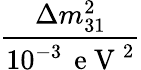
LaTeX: \frac{\Delta m_{31}^{2}}{10^{-3}\, \mathrm{~e~V~}^{2}}